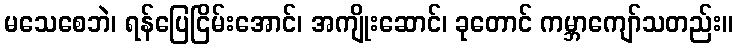
မသေစေဘဲ၊ ရန်ပြေငြိမ်းအောင်၊ အကျိုးဆောင်၊ ခုတောင် ကမ္ဘာကျော်သတည်း။